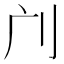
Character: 𠚳